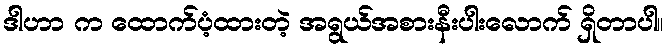
ဒါဟာ က ထောက်ပံ့ထားတဲ့ အရွယ်အစားနီးပါးလောက် ရှိတာပါ။